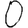
Digit: 0